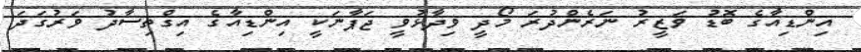
އިންޑިއާގެ ބޮޑު ވަޒީރު ނަރެންދުރަ މޯދީ ވިދާޅުވީ ޖަޕާނަކީ އިންޑިއާގެ އިގްތިސާދު ވަރުގަދަ